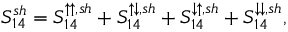
{ S _ { 1 4 } ^ { s h } = S _ { 1 4 } ^ { \uparrow \uparrow , s h } + S _ { 1 4 } ^ { \uparrow \downarrow , s h } + S _ { 1 4 } ^ { \downarrow \uparrow , s h } + S _ { 1 4 } ^ { \downarrow \downarrow , s h } } ,